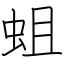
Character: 蛆